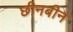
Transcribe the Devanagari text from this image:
छीनबीन